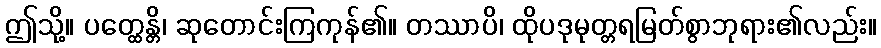
ဤသို့။ ပတ္ထေန္တိ၊ ဆုတောင်းကြကုန်၏။ တဿာပိ၊ ထိုပဒုမုတ္တရမြတ်စွာဘုရား၏လည်း။